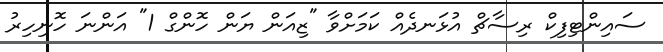
ސައިންޓިފިކް ރިސާޗް އުޅަނދެއް ކަމަށްވާ "ޒިއަން ޔަން ހޮންގް 1" އަންނަ ހޮނިހިރު